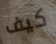
كيف